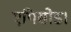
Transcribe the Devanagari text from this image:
एपिसोड।